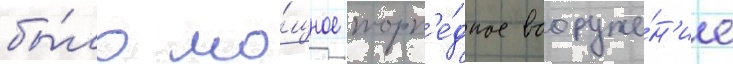
бы́ло мо́щное торп'е́дное вооруже́н'ие